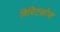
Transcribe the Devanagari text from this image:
मिस्टिकोज